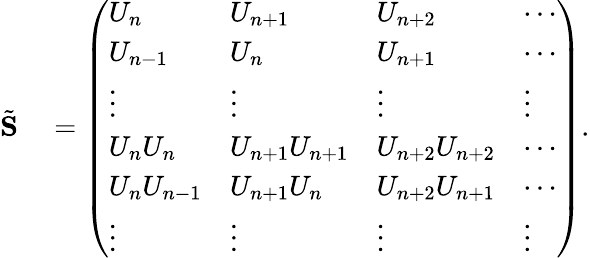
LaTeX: \begin{array}{rl}{\tilde{\mathbf S}}&{{}=\left(\begin{array}{llll}{U_{n}}&{U_{n+1}}&{U_{n+2}}&{\cdots}\\ {U_{n-1}}&{U_{n}}&{U_{n+1}}&{\cdots}\\ {\vdots}&{\vdots}&{\vdots}&{\vdots}\\ {U_{n}U_{n}}&{U_{n+1}U_{n+1}}&{U_{n+2}U_{n+2}}&{\cdots}\\ {U_{n}U_{n-1}}&{U_{n+1}U_{n}}&{U_{n+2}U_{n+1}}&{\cdots}\\ {\vdots}&{\vdots}&{\vdots}&{\vdots}\end{array}\right).}\end{array}